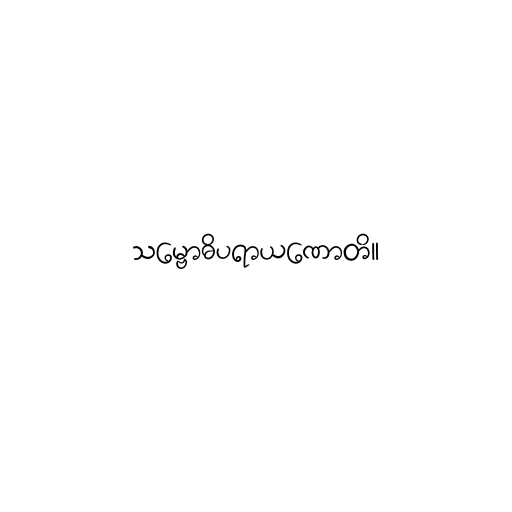
သမ္ဗောဓိပရာယဏောတိ။